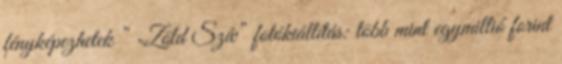
fényképezhetek ” „Zöld Szív” fotókiállítás: több mint egymillió forint